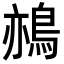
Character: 𪁂